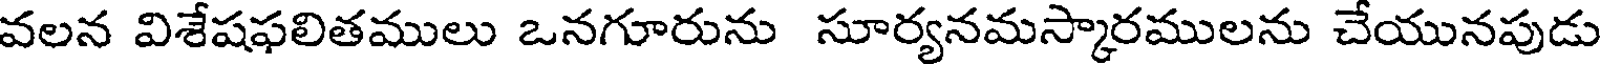
వలన విశేషఫలితములు ఒనగూరును సూర్యనమస్కారములను చేయునపుడు